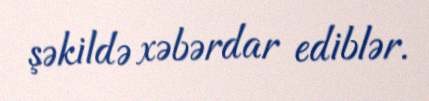
şəkildə xəbərdar ediblər.